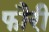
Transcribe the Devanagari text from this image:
फौरी